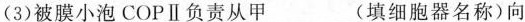
(3)被膜小泡COPⅡ负责从甲___(填细胞器名称)向